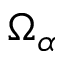
\Omega _ { \alpha }